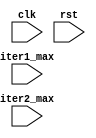
module Loop(
  input clk,
  input rst,
  input [7:0] iter1_max,
  input [7:0] iter2_max
);

reg [7:0] iter1_count;
reg [7:0] iter2_count;

always @(posedge clk or posedge rst) begin
  if (rst) begin
    iter1_count <= 8'd0;
    iter2_count <= 8'd0;
  end else begin
    if (iter1_count < iter1_max) begin
      iter1_count <= iter1_count + 1;
    end else begin
      iter1_count <= 8'd0;
      if (iter2_count < iter2_max) begin
        iter2_count <= iter2_count + 1;
      end else begin
        iter2_count <= 8'd0;
      end
    end
  end
end

// Behavioral statements inside the loop
always @(posedge clk) begin
  if (iter1_count != 0 && iter2_count != 0) begin
    // Insert behavioral statements here
    // This block will be executed when both iterators are not 0
  end
end

endmodule